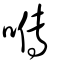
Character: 𡀯